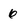
Character: 6